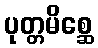
ပုတ္တမိစ္ဆေ